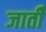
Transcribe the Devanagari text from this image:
जातीँ